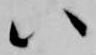
八